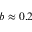
b \approx 0 . 2